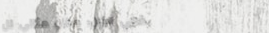
مقهى النيل: مكان مثالي لل